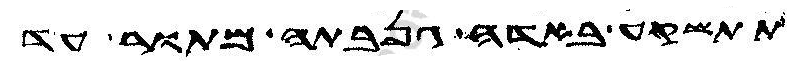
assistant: תתשקע באדה גנבתה מתור עד